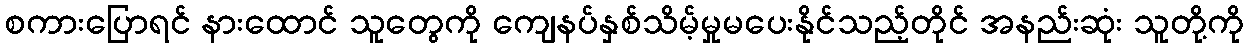
စကားပြောရင် နားထောင် သူတွေကို ကျေနပ်နှစ်သိမ့်မှုမပေးနိုင်သည့်တိုင် အနည်းဆုံး သူတို့ကို